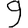
Digit: 9